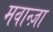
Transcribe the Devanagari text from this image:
मवान्ज़ा